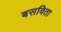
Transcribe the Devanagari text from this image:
बसविता